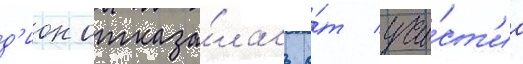
д'ион отказа́лась о́т уча́ст'иа